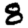
Digit: 8